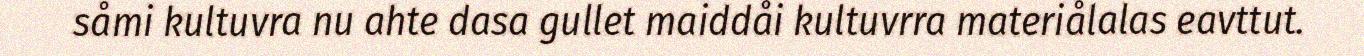
såmi kultuvra nu ahte dasa gullet maiddåi kultuvrra materiålalas eavttut.